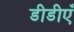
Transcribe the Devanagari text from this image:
डीडीएँ